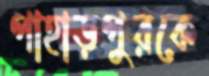
পাহাড়পুরকে